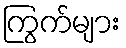
ကြွက်များ